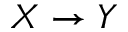
X \to Y